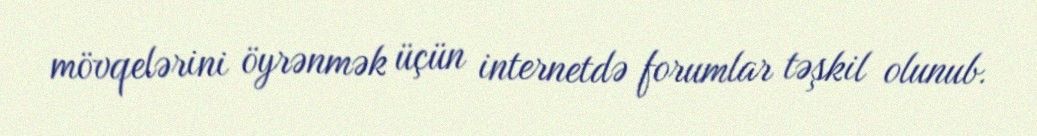
mövqelərini öyrənmək üçün internetdə forumlar təşkil olunub.